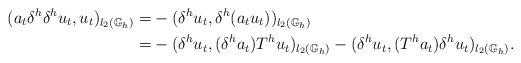
LaTeX: \begin{align*} (a_t\delta^h \delta^hu_t,u_t)_{l_2(\mathbb{G}_h)}=&-( \delta^hu_t,\delta^h(a_tu_t))_{l_2(\mathbb{G}_h)} \\ =& - (\delta^hu_t,(\delta^ha_t)T^hu_t)_{l_2(\mathbb{G}_h)}-( \delta^hu_t,(T^ha_t)\delta^hu_t)_{l_2(\mathbb{G}_h)}.\end{align*}